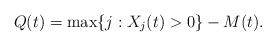
LaTeX: \begin{align*}Q(t) = \max\{j: X_j(t) > 0\} - M(t).\end{align*}